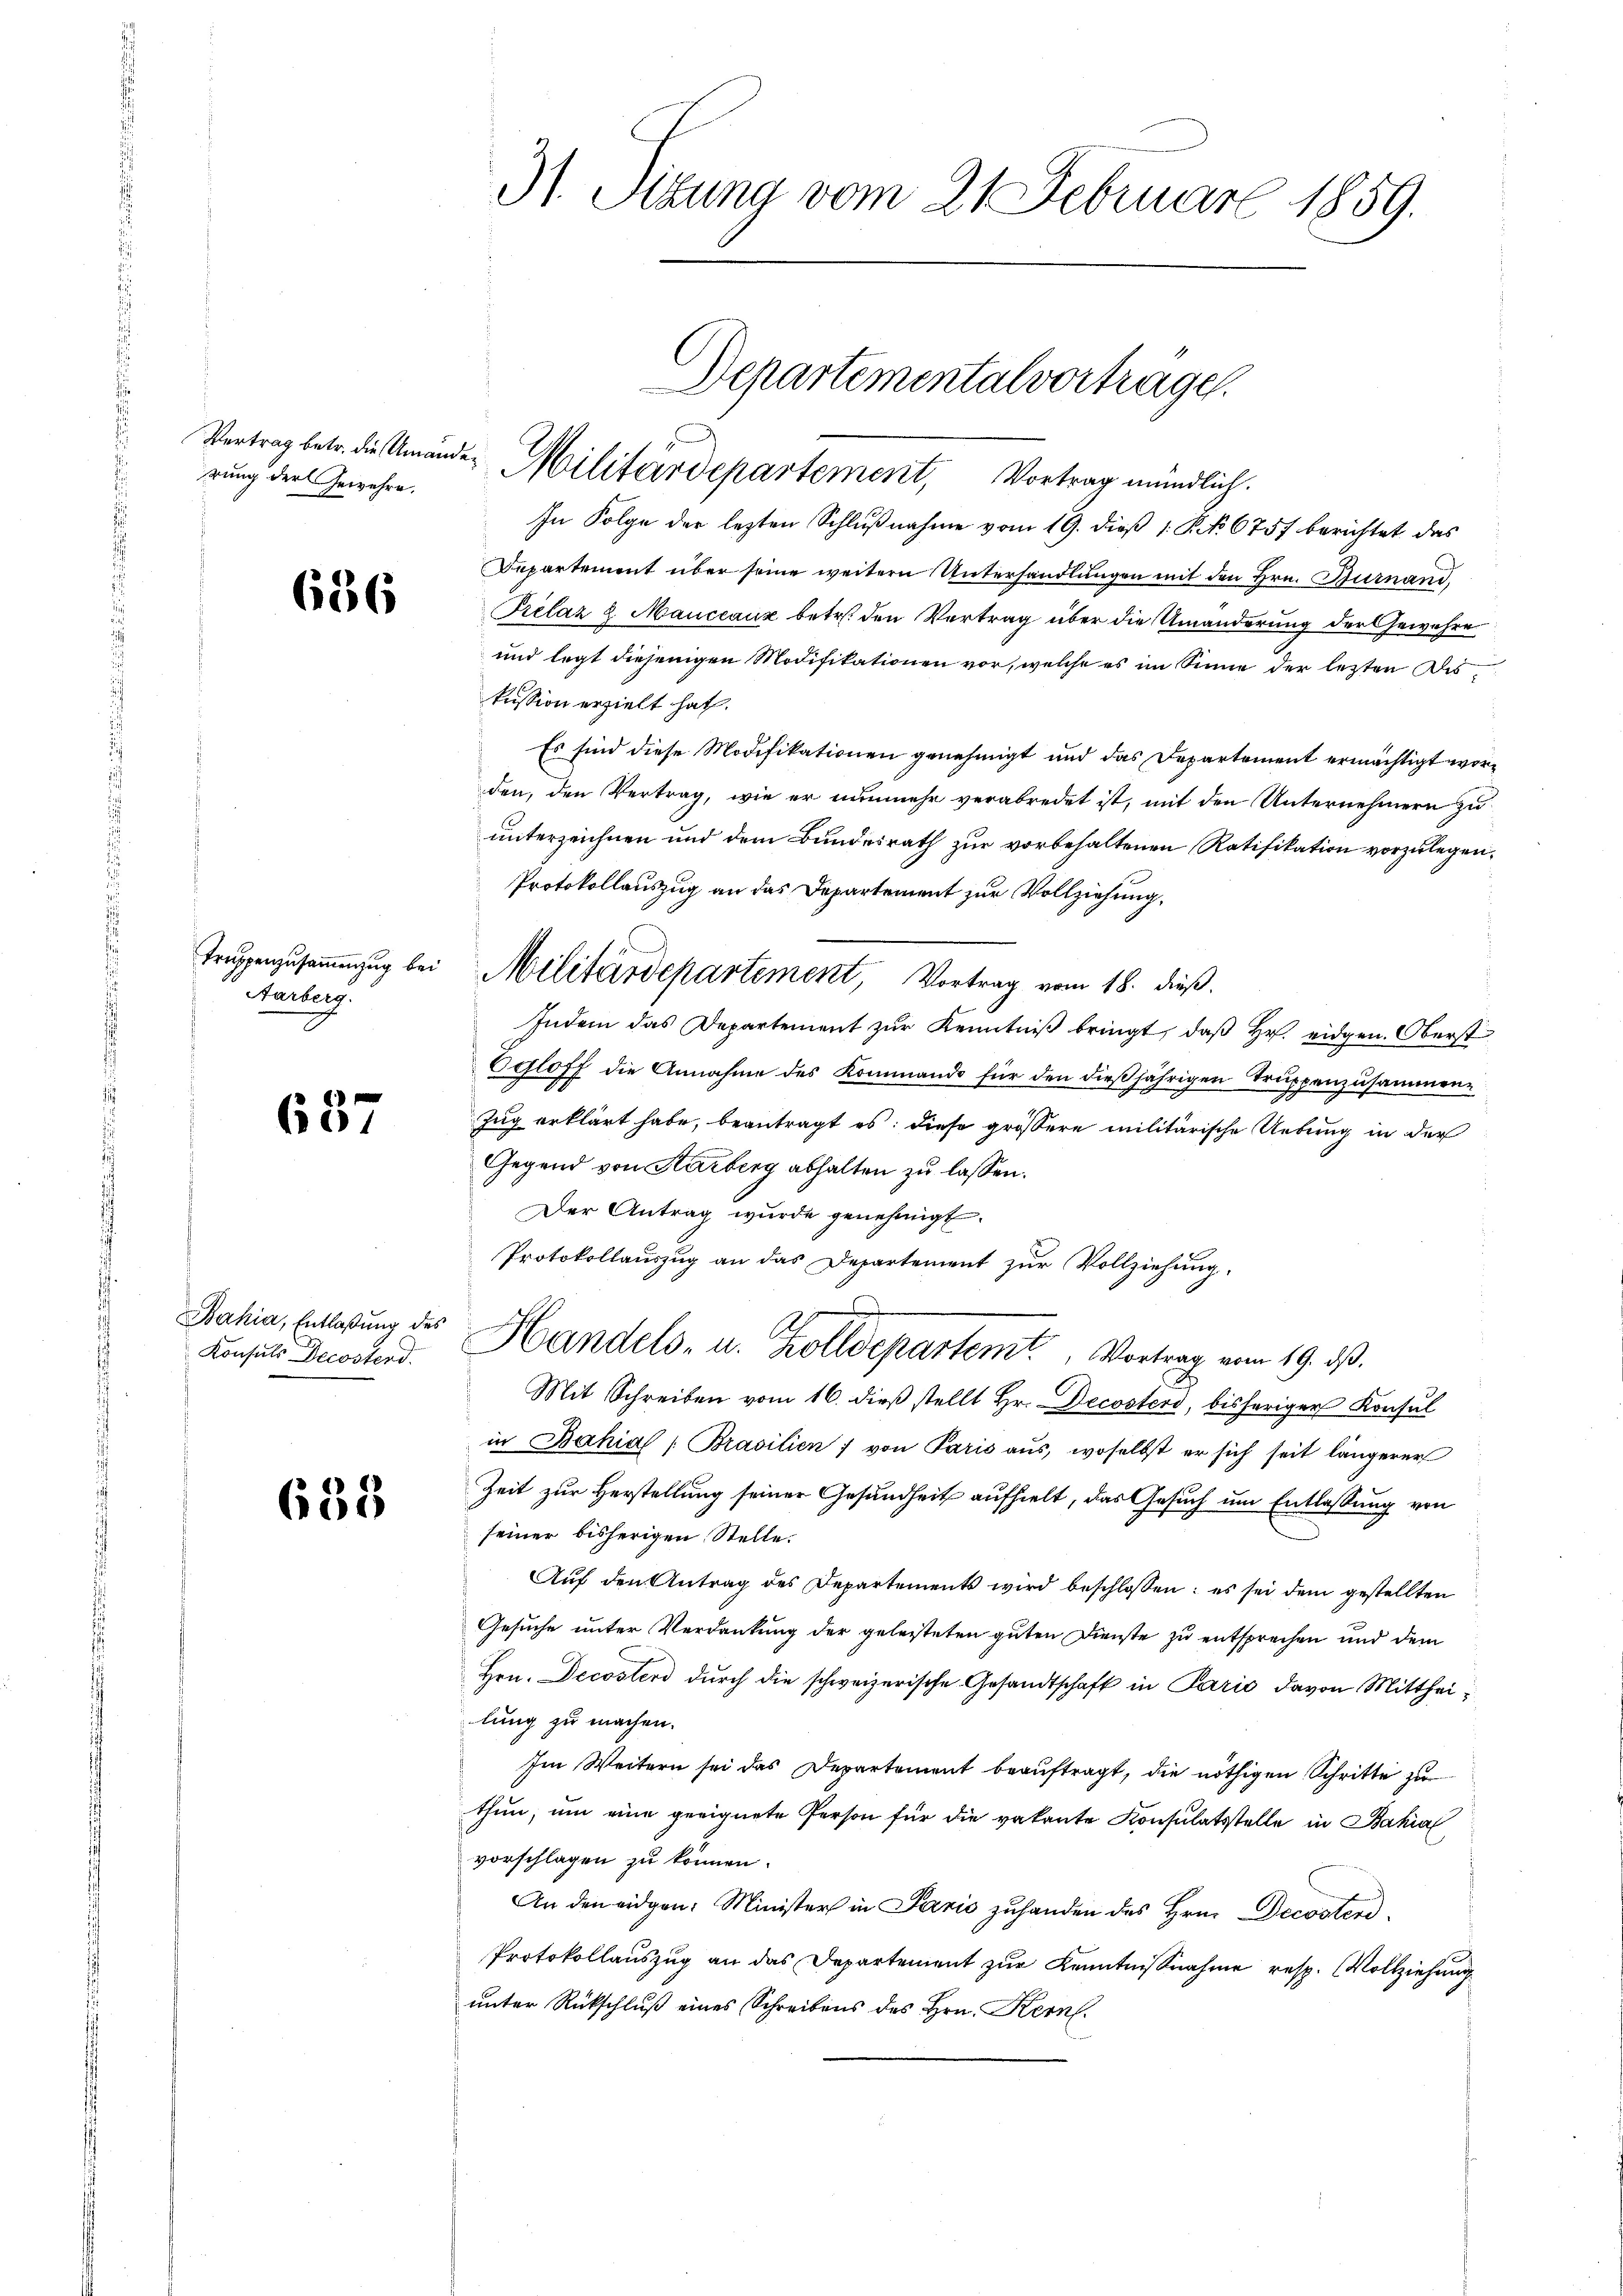
rung der Gewehre.

686

Truppenzusammenzug bei
Aarberg.

637

Konsuls Decostend.

635

31. Sizung vom 21. Februar 1859.

In Folge der lezten Schlußnahme vom 19. dieß 1. No 6757 berichtet das
Departement über seine weitern Unterhandlungen mit den Hrn. Burnand,
Prelaz 2. Manceaux betr. den Vertrag über die Umänderung der Gewehre
und legt diejenigen Modifikationen vor, welche es im Sinne der lezten Diskussion erzielt hat.
Es sind diese Modifikationen genehmigt und das Departement ermächtigt worden, den Vertrag, wie er nunmehr verabredet ist, mit den Unternehmern zu
unterzeichnen und dem Bundesrath zur vorbehaltenen Ratifikation vorzulegen.
Protokollauszug an das Departement zur Vollziehung,
Indem das Departement zŭr Kenntniβ bringt, daβ hr. eidgen. Oberst
Ogloff die Annahme des Kommando für den dießjährigen Truppenzusammen¬
Zug erklärt habe, beantragt es: diese größere militärische Uebung in der
Gegend von Karberg abhalten zu lassen.
Der Antrag wurde genehmigt.
Protokollauszug an das Departement zur Vollziehung.
Bahia, Entlaßung des Handels- u. Zolldepartemt Vortrag vom 19. ds.
Mit Schreiben vom 16. dieß stellt Hr. Decosters, bisheriger Konsul
in Bahia Brasilien; von Paris aŭs, woselbst er sich seit längerer
Zeit zur Herstellung seiner Gesundheit aufhielt, das Gesuch um Entlassung von
seiner bisherigen Stelle.
Aŭf den Antrag des Departements wird beschlossen: es sei dem gestellten
Gesuche unter Verdankung der geleiteten guten Dienste zu entsprechen und dem
Hrn. Decoster durch die schweizerische Gesandtschaft in Paris davon Mittheilung zu machen.
Im Weitern sei das Departement beauftragt, die nöthigen Schritte zu
thun, um eine geeignete Person für die vakante Konsulatsstelle in Bahial
vorschlagen zu können.
An den eidgen: Minister in Paris zuhanden des Hrn. Decosten
Protokollauszug an das Departement zur Kenntnißnahme resp. Vollziehung
unter Rückschluß eines Schreibens des Hrn. Kern.

Departemental vortrage.
Vertrag betr. die Umänden Militärdepartement, Vortrag mündlich.

Militärdepartement, Vortrag vom 18. dieß.